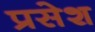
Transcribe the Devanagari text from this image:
प्रसेश